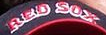
RED SOX